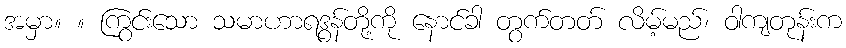
အမှာ။ ။ ကြွင်းသော သမာဟာရဒွန်တို့ကို နောင်ခါ တွက်တတ် လိမ့်မည်၊ ဝါကျတုန်းက